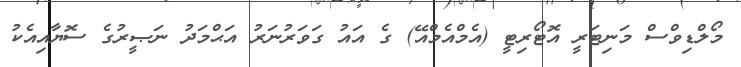
މޯލްޑިވްސް މަނިޓަރީ އޮޓޯރިޓީ (އެމްއެމްއޭ) ގެ އައު ގަވަރުނަރު އަޙްމަދު ނަޞީރުގެ ސޮޔާއިއެކު